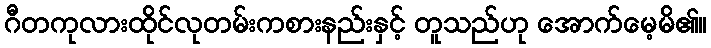
ဂီတကုလားထိုင်လုတမ်းကစားနည်းနှင့် တူသည်ဟု အောက်မေ့မိ၏။